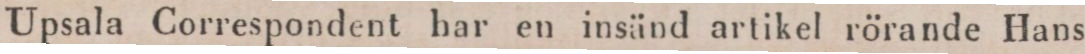
Upsala Correspondent har en insänd artikel rörande Hans